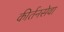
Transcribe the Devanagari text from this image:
कीर्तनसेवा